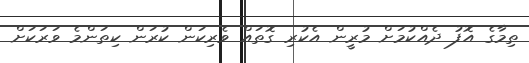
ތިމާގެ އޮފު ދެއްކުމަށް މުރީން އެކުރި ގޮތައް ވެރިކަން ކުރަން ކިތަންމެ ވަރަކަށް